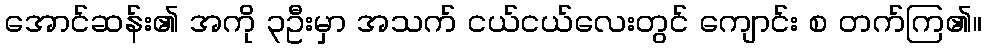
အောင်ဆန်း၏ အကို ၃ဦးမှာ အသက် ငယ်ငယ်လေးတွင် ကျောင်း စ တက်ကြ၏။